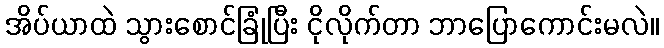
အိပ်ယာထဲ သွားစောင်ခြုံပြီး ငိုလိုက်တာ ဘာပြောကောင်းမလဲ။